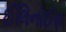
ઈલિનોઈસ